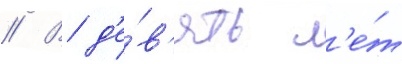
// В д'е́в'ять л'е́т